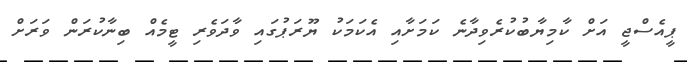
ޕީއެސްޖީ އަށް ކާމިޔާބުކުރެވިދާނެ ކަމަށާއި އެކަމަކު ޔޫރަޕުގައި ވާދަވެރި ޓީމެއް ބިނާކުރަން ވަރަށް